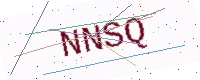
Text: NNSQ